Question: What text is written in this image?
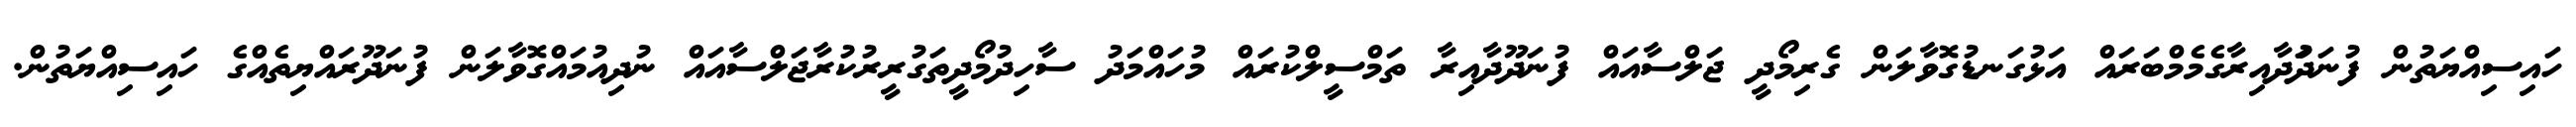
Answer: ހައިސިއްޔަތުން ފުނަދަުދާއިރާގެމެމްބަރައް އަޅުގަނޑުގޮވާލަން ގެރިމޯދީ ޖަލްސާއައް ފުނަދޫދާއިރާ ތަމްސީލްކުރައް މުހައްމަދު ސާހިދުމޯދީތަގުރީރުކުރާޖަލްސާއައް ނުދިއުމައްގޮވާލަން ފުނަދޫރައްޔިތެއްގެ ހައިސިއްޔަތުން.